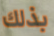
بذلك